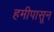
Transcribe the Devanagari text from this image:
हमीपासून